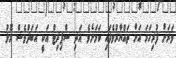
ވަރަށް ފުރިހަމަ އަށް ތައްޔާރުވެފައި ކަމަށެވެ. އަދި ސްޕިރިޓް އަކީ އަބަދުވެސް މޮޅު